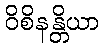
ဝိစိနန္တိယာ